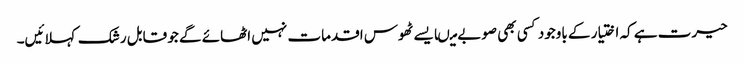
حیرت ہے کہ اختیار کے باوجود کسی بھی صوبے میںایسے ٹھوس اقدمات نہیں اٹھائے گے جو قابل رشک کہلائیں۔